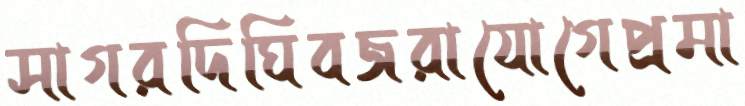
সাগরদিঘিবজরাযোগেপ্রমা